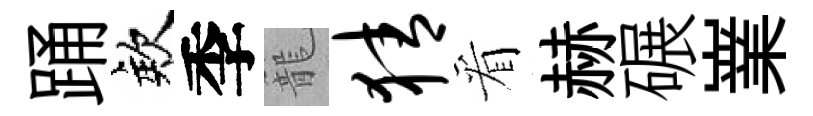
踊欸季籠猜看赫碾嶪